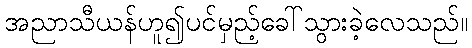
အညာသီယန်ဟူ၍ပင်မှည့်ခေါ်သွားခဲ့လေသည်။